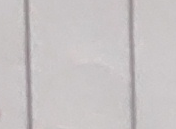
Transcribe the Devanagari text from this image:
हामी